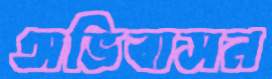
অভিবাসন